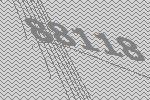
88118